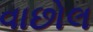
વાછોલ